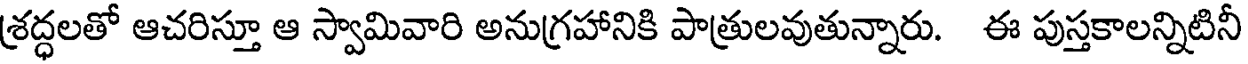
శ్రద్ధలతో ఆచరిస్తూ ఆ స్వామివారి అనుగ్రహానికి పాత్రులవుతున్నారు. ఈ పుస్తకాలన్నిటినీ